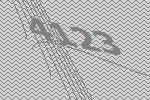
4123